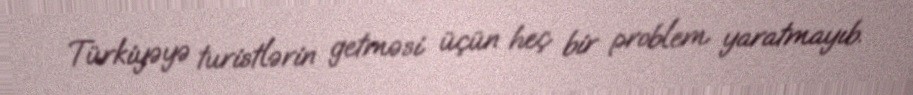
Türkiyəyə turistlərin getməsi üçün heç bir problem yaratmayıb.